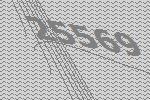
25569